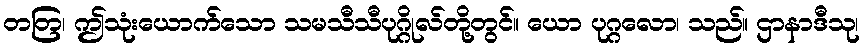
တတြ၊ ဤသုံးယောက်သော သမသီသီပုဂ္ဂိုလ်တို့တွင်။ ယော ပုဂ္ဂလော၊ သည်။ ဌာနာဒီသု၊